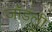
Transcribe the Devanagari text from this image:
जॉडली